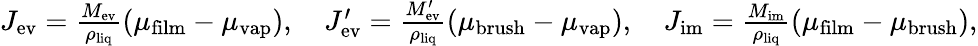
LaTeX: \begin{array}{r}{J_{\mathrm{ev}}=\frac{M_{\mathrm{ev}}}{\rho_{\mathrm{liq}}}(\mu_{\mathrm{film}}-\mu_{\mathrm{vap}}),\quad J_{\mathrm{ev}}^{\prime}=\frac{M_{\mathrm{ev}}^{\prime}}{\rho_{\mathrm{liq}}}(\mu_{\mathrm{brush}}-\mu_{\mathrm{vap}}),\quad J_{\mathrm{im}}=\frac{M_{\mathrm{im}}}{\rho_{\mathrm{liq}}}(\mu_{\mathrm{film}}-\mu_{\mathrm{brush}}),}\end{array}